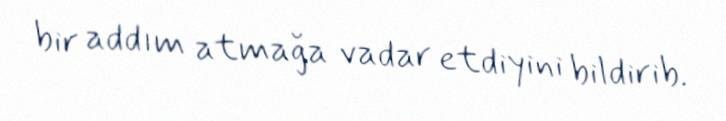
bir addım atmağa vadar etdiyini bildirib.